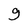
Character: g